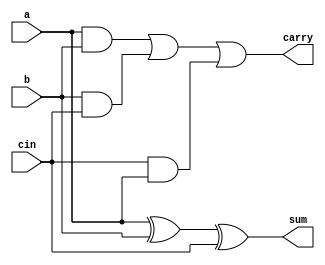
`timescale 1ns / 1ps
//////////////////////////////////////////////////////////////////////////////////
// Company: 
// Engineer: 
// 
// Design Name: 
// Module Name: adder
// Project Name: 
// Target Devices: 
// Tool Versions: 
// Description: 
// 
// Dependencies: 
// 
// Revision:
// Revision 0.01 - File Created
// Additional Comments:
// 
//////////////////////////////////////////////////////////////////////////////////


module adder(
    input a,b,cin,
    output sum,carry
);

assign sum = a ^ b ^ cin;
assign carry = (a & b) | (b & cin)  | (cin & a) ;

endmodule